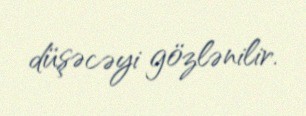
düşəcəyi gözlənilir.